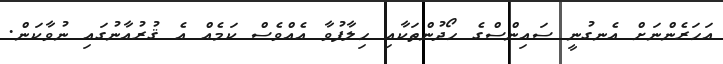
އަހަރެންނަށް އެނގުނީ ސައިންސްގެ ހޯދުންތަކާއި ހިލާފުވާ އެއްވެސް ކަމެއް އެ ޤުރުއާނުގައި ނުވާކަން.